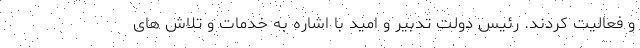
و فعالیت کردند. رئیس دولت تدبیر و امید با اشاره به خدمات و تلاش های